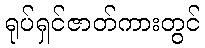
ရုပ်ရှင်ဇာတ်ကားတွင်